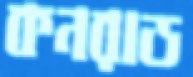
কনরাড